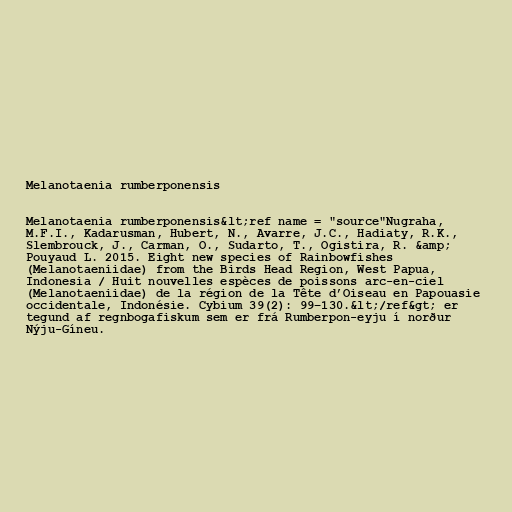
Melanotaenia rumberponensis

Melanotaenia rumberponensis&lt;ref name = "source"Nugraha,
M.F.I., Kadarusman, Hubert, N., Avarre, J.C., Hadiaty, R.K.,
Slembrouck, J., Carman, O., Sudarto, T., Ogistira, R. &amp;
Pouyaud L. 2015. Eight new species of Rainbowfishes
(Melanotaeniidae) from the Birds Head Region, West Papua,
Indonesia / Huit nouvelles espèces de poissons arc-en-ciel
(Melanotaeniidae) de la région de la Tête d’Oiseau en Papouasie
occidentale, Indonésie. Cybium 39(2): 99–130.&lt;/ref&gt; er
tegund af regnbogafiskum sem er frá Rumberpon-eyju í norður
Nýju-Gíneu.